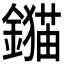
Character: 𨭈